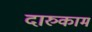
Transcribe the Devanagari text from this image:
दारुकाम